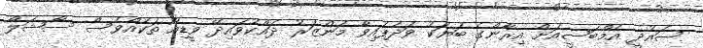
ސައުދީ އެމްބަސީއަށް އިރާންގެ ބަޔަކު ވަދެފައިވާ މަންޒަރު ދައްކުވައިދޭ ވީޑިއޯ ތަކެއްވެސް ސޯޝަލް